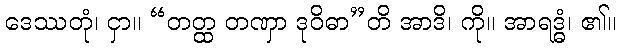
ဒေဿတုံ၊ ငှာ။ “တတ္ထ တဏှာ ဒုဝိဓာ”တိ အာဒိ၊ ကို။ အာရဒ္ဓံ၊ ၏။